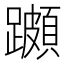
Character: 𨆵